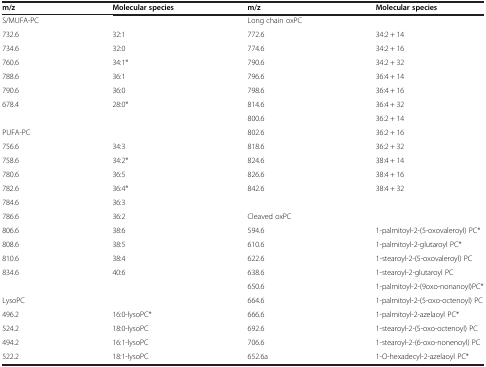
<table><thead><tr><td><b>m/z</b></td><td><b>Molecular species</b></td><td><b>m/z</b></td><td><b>Molecular species</b></td></tr></thead><tbody><tr><td>S/MUFA-PC</td><td>[EMPTY_CELL]</td><td>Long chain oxPC</td><td>[EMPTY_CELL]</td></tr><tr><td>732.6</td><td>32:1</td><td>772.6</td><td>34:2 + 14</td></tr><tr><td>734.6</td><td>32:0</td><td>774.6</td><td>34:2 + 16</td></tr><tr><td>760.6</td><td>34:1*</td><td>790.6</td><td>34:2 + 32</td></tr><tr><td>788.6</td><td>36:1</td><td>796.6</td><td>36:4 + 14</td></tr><tr><td>790.6</td><td>36:0</td><td>798.6</td><td>36:4 + 16</td></tr><tr><td>678.4</td><td>28:0*</td><td>814.6</td><td>36:4 + 32</td></tr><tr><td>[EMPTY_CELL]</td><td>[EMPTY_CELL]</td><td>800.6</td><td>36:2 + 14</td></tr><tr><td>PUFA-PC</td><td>[EMPTY_CELL]</td><td>802.6</td><td>36:2 + 16</td></tr><tr><td>756.6</td><td>34:3</td><td>818.6</td><td>36:2 + 32</td></tr><tr><td>758.6</td><td>34:2*</td><td>824.6</td><td>38:4 + 14</td></tr><tr><td>780.6</td><td>36:5</td><td>826.6</td><td>38:4 + 16</td></tr><tr><td>782.6</td><td>36:4*</td><td>842.6</td><td>38:4 + 32</td></tr><tr><td>784.6</td><td>36:3</td><td>[EMPTY_CELL]</td><td>[EMPTY_CELL]</td></tr><tr><td>786.6</td><td>36:2</td><td>Cleaved oxPC</td><td>[EMPTY_CELL]</td></tr><tr><td>806.6</td><td>38:6</td><td>594.6</td><td>1-palmitoyl-2-(5-oxovaleroyl) PC*</td></tr><tr><td>808.6</td><td>38:5</td><td>610.6</td><td>1-palmitoyl-2-glutaroyl PC*</td></tr><tr><td>810.6</td><td>38:4</td><td>622.6</td><td>1-stearoyl-2-(5-oxovaleroyl) PC</td></tr><tr><td>834.6</td><td>40:6</td><td>638.6</td><td>1-stearoyl-2-glutaroyl PC</td></tr><tr><td>[EMPTY_CELL]</td><td>[EMPTY_CELL]</td><td>650.6</td><td>1-palmitoyl-2-(9oxo-nonanoyl)PC*</td></tr><tr><td>LysoPC</td><td>[EMPTY_CELL]</td><td>664.6</td><td>1-palmitoyl-2-(5-oxo-octenoyl) PC</td></tr><tr><td>496.2</td><td>16:0-lysoPC*</td><td>666.6</td><td>1-palmitoyl-2-azelaoyl PC*</td></tr><tr><td>524.2</td><td>18:0-lysoPC</td><td>692.6</td><td>1-stearoyl-2-(5-oxo-octenoyl) PC</td></tr><tr><td>494.2</td><td>16:1-lysoPC</td><td>706.6</td><td>1-stearoyl-2-(6-oxo-nonenoyl) PC</td></tr><tr><td>522.2</td><td>18:1-lysoPC</td><td>652.6a</td><td>1-O-hexadecyl-2-azelaoyl PC*</td></tr></tbody></table>